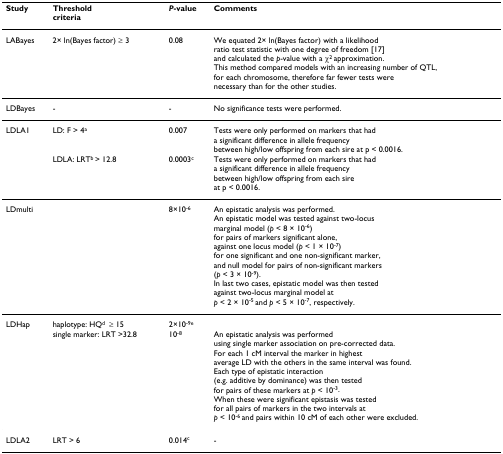
<table><thead><tr><td><b>Study</b></td><td><b>Thresholdcriteria</b></td><td><b><i>P</i>-value</b></td><td><b>Comments</b></td></tr></thead><tbody><tr><td>LABayes</td><td>2× ln(Bayes factor) ≥ 3</td><td>0.08</td><td>We equated 2× ln(Bayes factor) with a likelihoodratio test statistic with one degree of freedom [17]and calculated the <i>p</i>-value with a χ<sup>2 </sup>approximation.This method compared models with an increasing number of QTL,for each chromosome, therefore far fewer tests werenecessary than for the other studies.</td></tr><tr><td>LDBayes</td><td>-</td><td>-</td><td>No significance tests were performed.</td></tr><tr><td>LDLA1</td><td>LD: F &gt; 4<sup>a</sup></td><td>0.007</td><td>Tests were only performed on markers that hada significant difference in allele frequencybetween high/low offspring from each sire at p &lt; 0.0016.</td></tr><tr><td></td><td>LDLA: LRT<sup>b </sup>&gt; 12.8</td><td>0.0003<sup>c</sup></td><td>Tests were only performed on markers that hada significant difference in allele frequencybetween high/low offspring from each sireat p &lt; 0.0016.</td></tr><tr><td>LDmulti</td><td></td><td>8×10<sup>-6</sup></td><td>An epistatic analysis was performed.An epistatic model was tested against two-locusmarginal model (<i>p </i>&lt; 8 × 10<sup>-6</sup>)for pairs of markers significant alone,against one locus model (<i>p </i>&lt; 1 × 10<sup>-7</sup>)for one significant and one non-significant marker,and null model for pairs of non-significant markers(<i>p </i>&lt; 3 × 10<sup>-9</sup>).In last two cases, epistatic model was then testedagainst two-locus marginal model at<i>p </i>&lt; 2 × 10<sup>-5 </sup>and <i>p </i>&lt; 5 × 10<sup>-7</sup>, respectively.</td></tr><tr><td>LDHap</td><td>haplotype: HQ<sup>d </sup> ≥ 15</td><td>2×10<sup>-9e</sup></td><td></td></tr><tr><td></td><td>single marker: LRT &gt;32.8</td><td>10<sup>-8</sup></td><td>An epistatic analysis was performedusing single marker association on pre-corrected data.For each 1 cM interval the marker in highestaverage LD with the others in the same interval was found.Each type of epistatic interaction(e.g. additive by dominance) was then testedfor pairs of these markers at <i>p </i>&lt; 10<sup>-3</sup>.When these were significant epistasis was testedfor all pairs of markers in the two intervals at<i>p </i>&lt; 10<sup>-6 </sup>and pairs within 10 cM of each other were excluded.</td></tr><tr><td>LDLA2</td><td>LRT &gt; 6</td><td>0.014<sup>c</sup></td><td>-</td></tr></tbody></table>